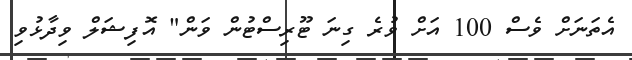
އެތަނަށް ވެސް 100 އަށް ވުރެ ގިނަ ޓޫރިސްޓުން ވަން" އޮފިޝަލް ވިދާޅުވި